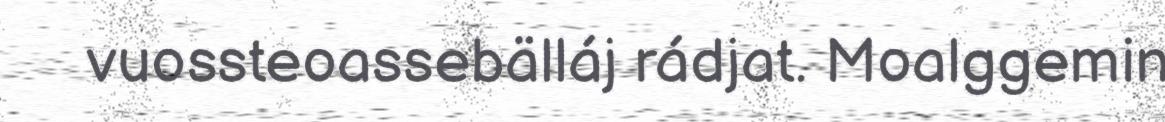
vuossteoassebälláj rádjat. Moalggemin